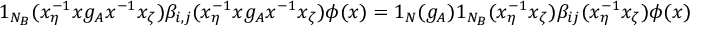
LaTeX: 1 _ { N _ { B } } ( x _ { \eta } ^ { - 1 } x g _ { A } x ^ { - 1 } x _ { \zeta } ) \beta _ { i , j } ( x _ { \eta } ^ { - 1 } x g _ { A } x ^ { - 1 } x _ { \zeta } ) \phi ( x ) = 1 _ { N } ( g _ { A } ) 1 _ { N _ { B } } ( x _ { \eta } ^ { - 1 } x _ { \zeta } ) \beta _ { i j } ( x _ { \eta } ^ { - 1 } x _ { \zeta } ) \phi ( x ) .